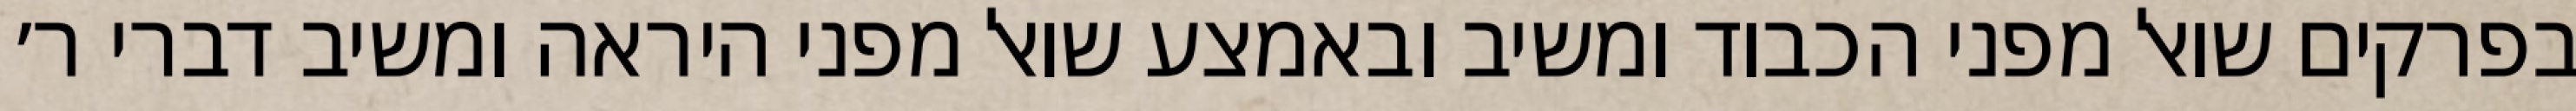
בפרקים שואל מפני הכבוד ומשיב ובאמצע שואל מפני היראה ומשיב דברי ר׳